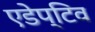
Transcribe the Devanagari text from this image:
एडेप्टिव